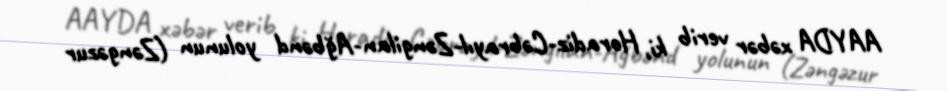
AAYDA xəbər verib ki, Horadiz-Cəbrayıl-Zəngilan-Ağbənd yolunun (Zəngəzur